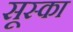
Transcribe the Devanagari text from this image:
सूस्का